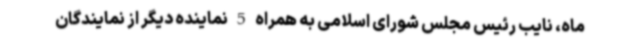
‌ماه، نایب رئیس مجلس شورای اسلامی به همراه 5 نماینده دیگر از نمایندگان